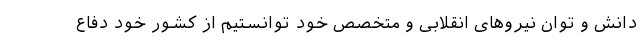
دانش و توان نیروهای انقلابی و متخصص خود توانستیم از کشور خود دفاع